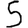
Digit: 5